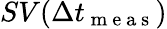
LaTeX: SV(\Delta t_{\mathrm{~m~e~a~s~}})